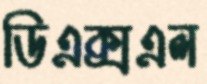
ডিএক্সএল